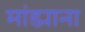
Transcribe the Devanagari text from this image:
मांड्याना